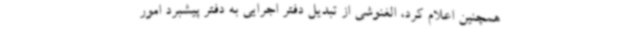
همچنین اعلام کرد، الغنوشی از تبدیل دفتر اجرایی به دفتر پیشبرد امور